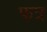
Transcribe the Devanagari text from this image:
फत्र